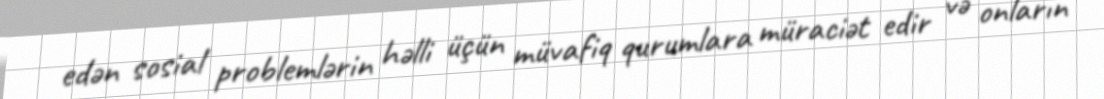
edən sosial problemlərin həlli üçün müvafiq qurumlara müraciət edir və onların